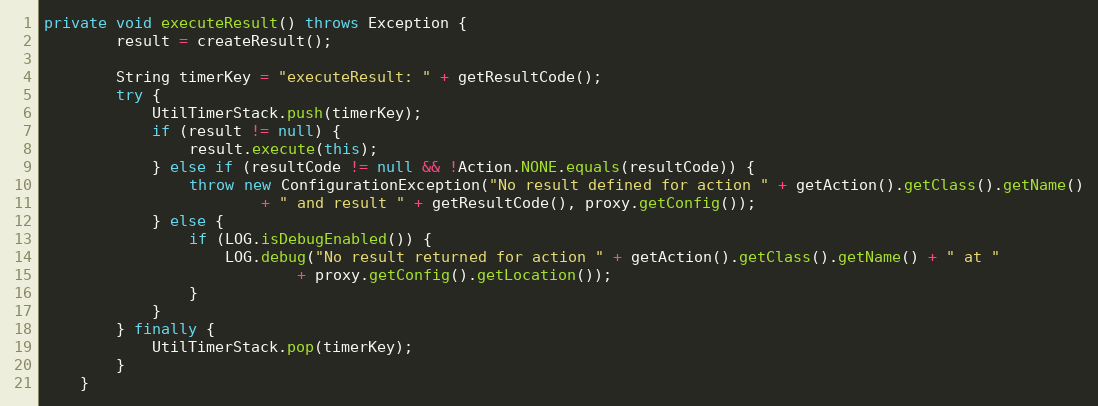
Language: Java
private void executeResult() throws Exception {
		result = createResult();

		String timerKey = "executeResult: " + getResultCode();
		try {
			UtilTimerStack.push(timerKey);
			if (result != null) {
				result.execute(this);
			} else if (resultCode != null && !Action.NONE.equals(resultCode)) {
				throw new ConfigurationException("No result defined for action " + getAction().getClass().getName()
						+ " and result " + getResultCode(), proxy.getConfig());
			} else {
				if (LOG.isDebugEnabled()) {
					LOG.debug("No result returned for action " + getAction().getClass().getName() + " at "
							+ proxy.getConfig().getLocation());
				}
			}
		} finally {
			UtilTimerStack.pop(timerKey);
		}
	}